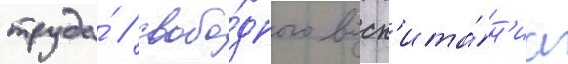
труда́ / свобо́дного восп'ита́н'иа